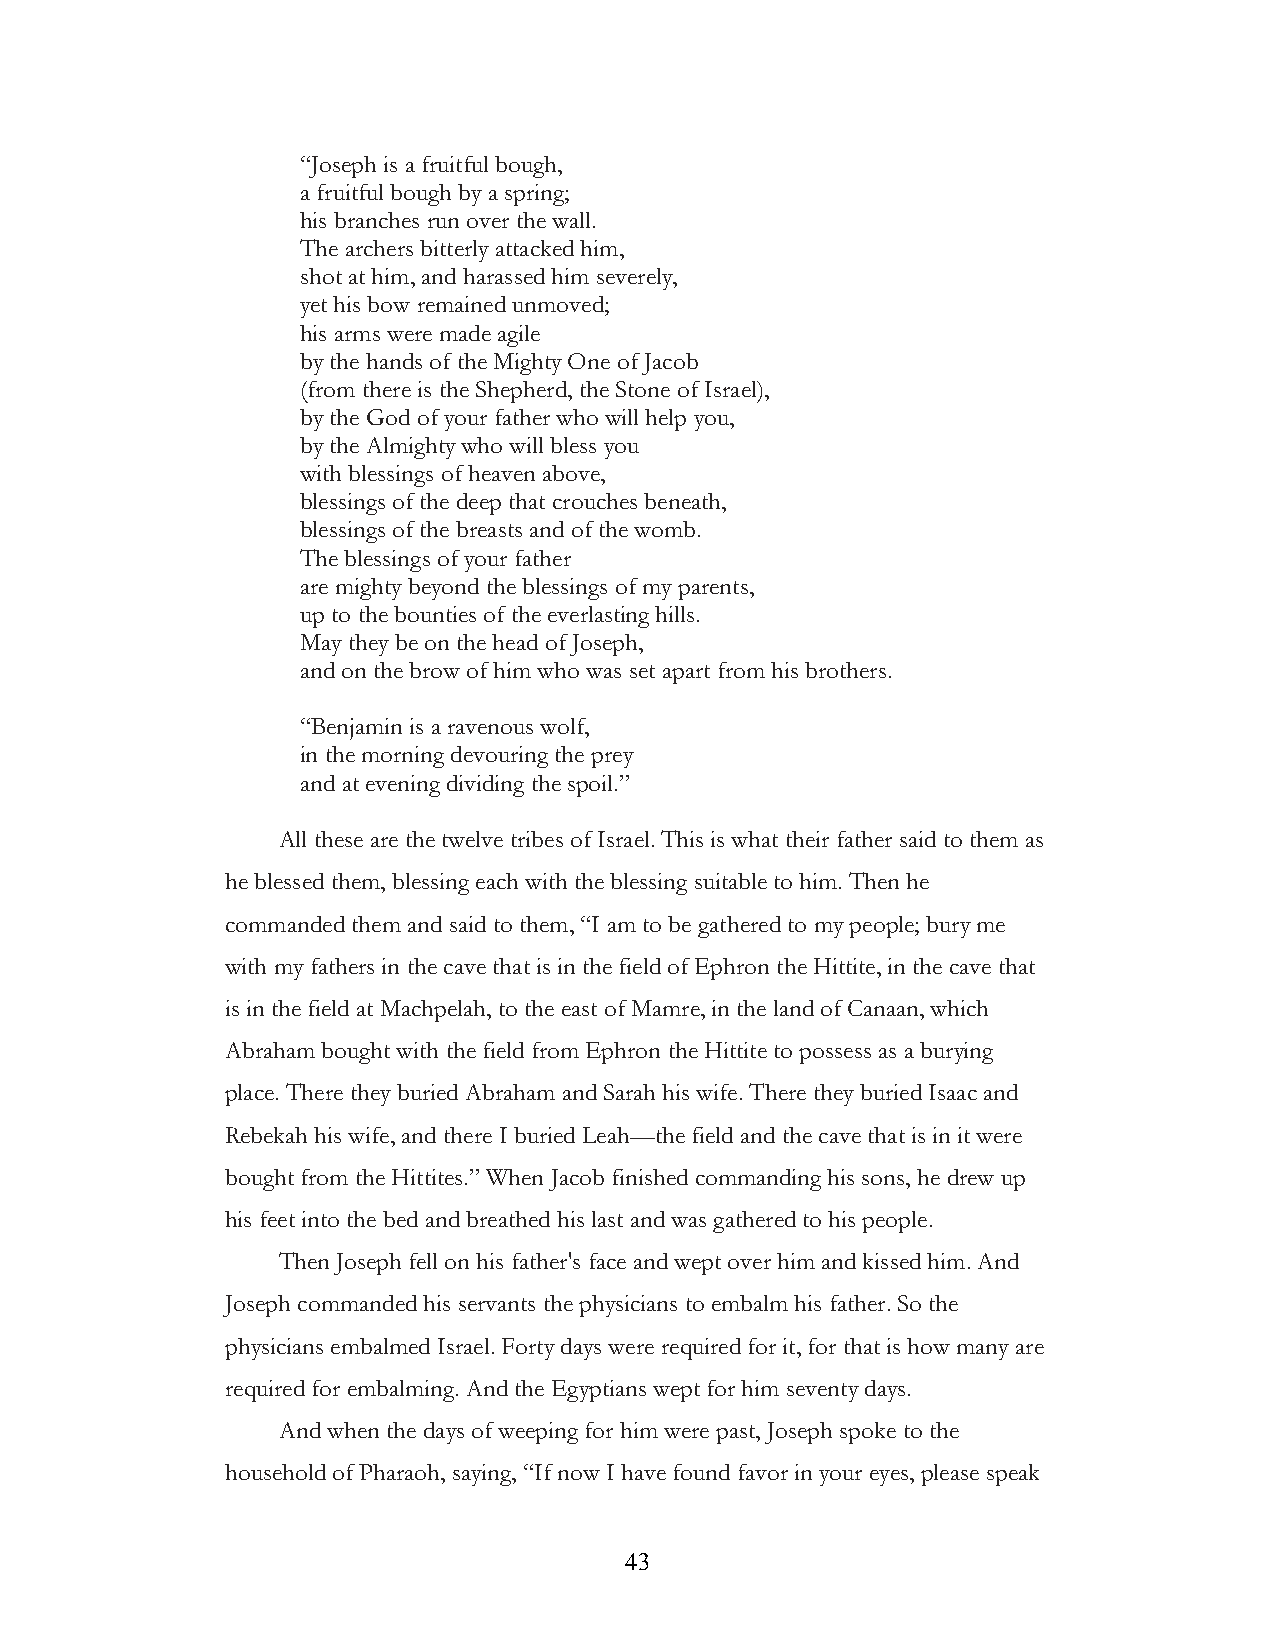
“Joseph is a fruitful bough,
 a fruitful bough by a spring;
 his branches run over the wall.
 The archers bitterly attacked him,
 shot at him, and harassed him severely,
 yet his bow remained unmoved;
 his arms were made agile
 by the hands of the Mighty One of Jacob
 (from there is the Shepherd, the Stone of Israel),
 by the God of your father who will help you,
 by the Almighty who will bless you
 with blessings of heaven above,
 blessings of the deep that crouches beneath,
 blessings of the breasts and of the womb.
 The blessings of your father
 are mighty beyond the blessings of my parents,
 up to the bounties of the everlasting hills.
 May they be on the head of Joseph,
 and on the brow of him who was set apart from his brothers.
 “Benjamin is a ravenous wolf,
 in the morning devouring the prey
 and at evening dividing the spoil.”
 All these are the twelve tribes of Israel. This is what their father said to them as
 he blessed them, blessing each with the blessing suitable to him. Then he
 commanded them and said to them, “I am to be gathered to my people; bury me
 with my fathers in the cave that is in the field of Ephron the Hittite, in the cave that
 is in the field at Machpelah, to the east of Mamre, in the land of Canaan, which
 Abraham bought with the field from Ephron the Hittite to possess as a burying
 place. There they buried Abraham and Sarah his wife. There they buried Isaac and
 Rebekah his wife, and there I buried Leah—the field and the cave that is in it were
 bought from the Hittites.” When Jacob finished commanding his sons, he drew up
 his feet into the bed and breathed his last and was gathered to his people.
 Then Joseph fell on his father's face and wept over him and kissed him. And
 Joseph commanded his servants the physicians to embalm his father. So the
 physicians embalmed Israel. Forty days were required for it, for that is how many are
 required for embalming. And the Egyptians wept for him seventy days.
 And when the days of weeping for him were past, Joseph spoke to the
 household of Pharaoh, saying, “If now I have found favor in your eyes, please speak
 !                         43